King Institute of Preventive Medicine Micro-Biological Section reports 1909-11
Year: 1909
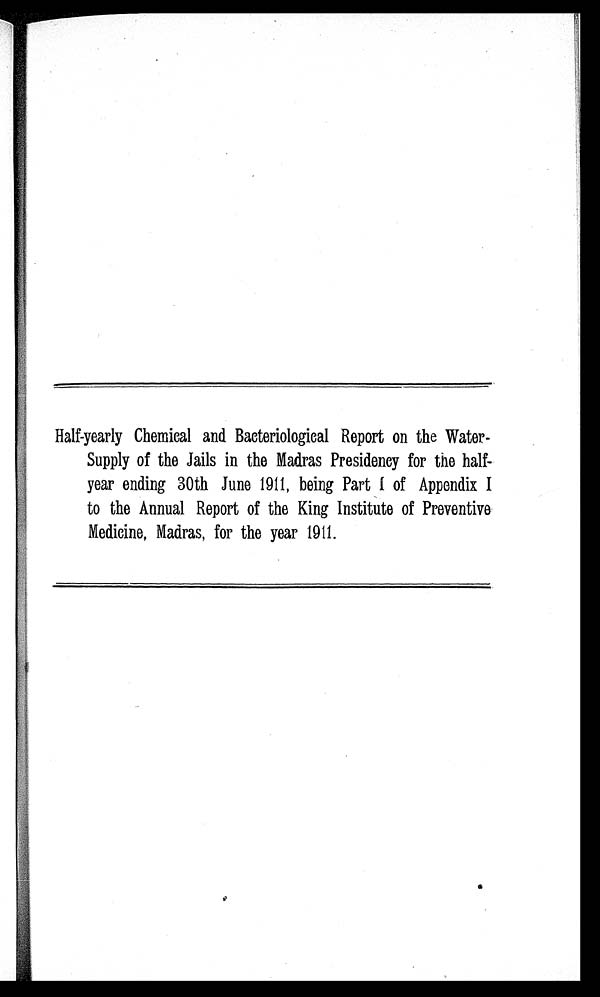
Half-yearly Chemical and Bacteriological Report on the Water-
Supply of the Jails in the Madras Presidency for the half-
year ending 30th June 1911, being Part I of Appendix I
to the Annual Report of the King Institute of Preventive
Medicine, Madras, for the year 1911.